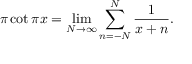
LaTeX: \pi \cot \pi x = \operatorname* { l i m } _ { N \to \infty } \sum _ { n = - N } ^ { N } { \frac { 1 } { x + n } } .